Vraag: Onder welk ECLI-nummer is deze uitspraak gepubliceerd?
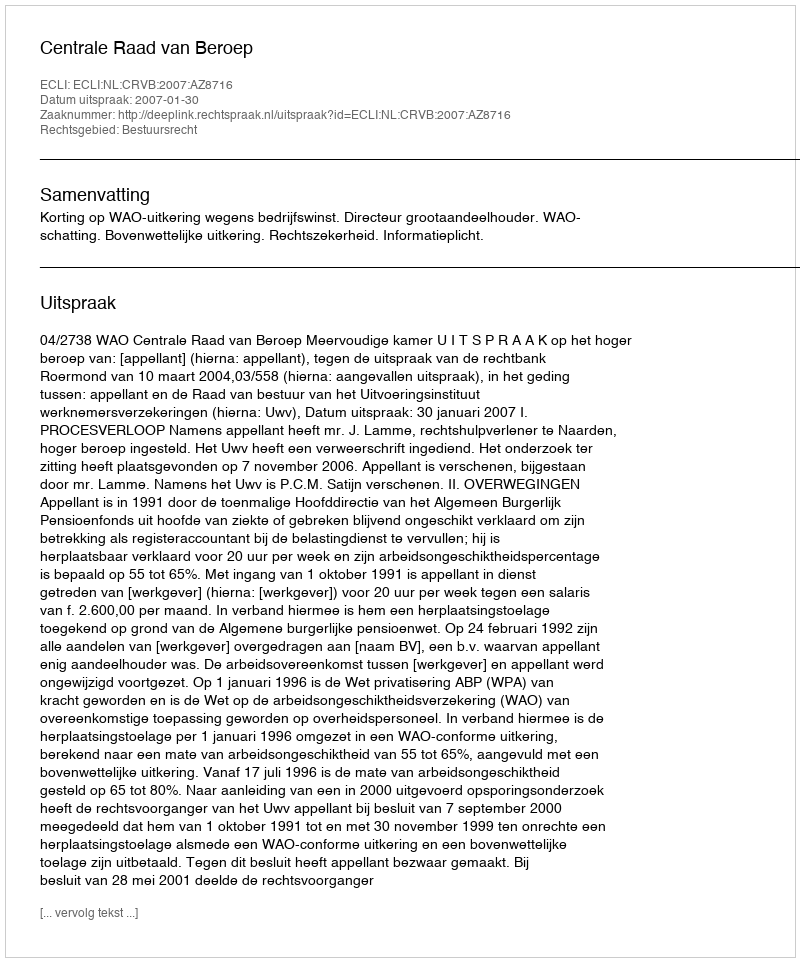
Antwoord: ECLI:NL:CRVB:2007:AZ8716